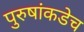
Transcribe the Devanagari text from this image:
पुरुषांकडेच